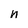
Character: n